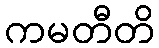
ကမတီတိ